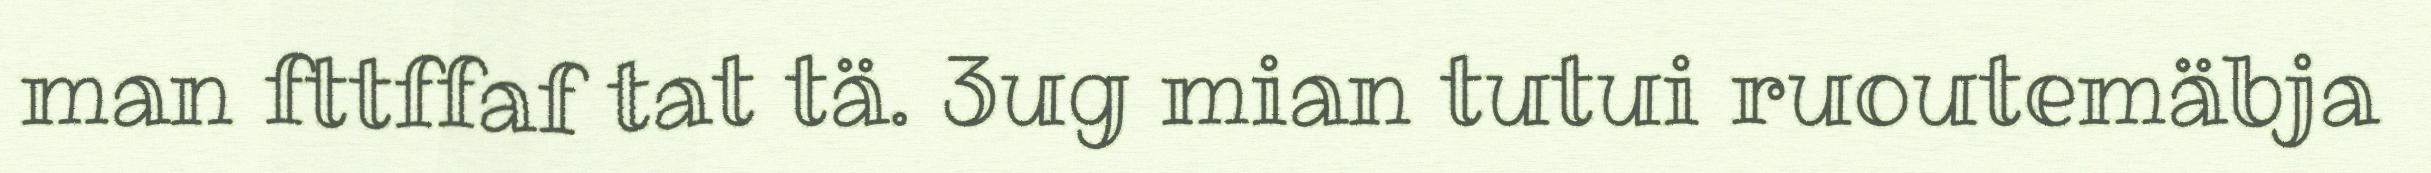
man fttffaf tat tä. 3ug mian tutui ruoutemäbja